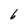
Character: 6